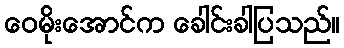
ဝေမိုးအောင်က ခေါင်းခါပြသည်။